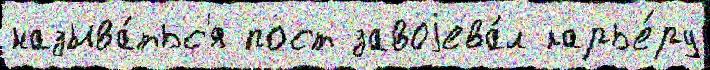
называ́тьс'я пост завоjева́л карье́ру